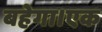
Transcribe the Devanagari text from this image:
बहेगा।एक